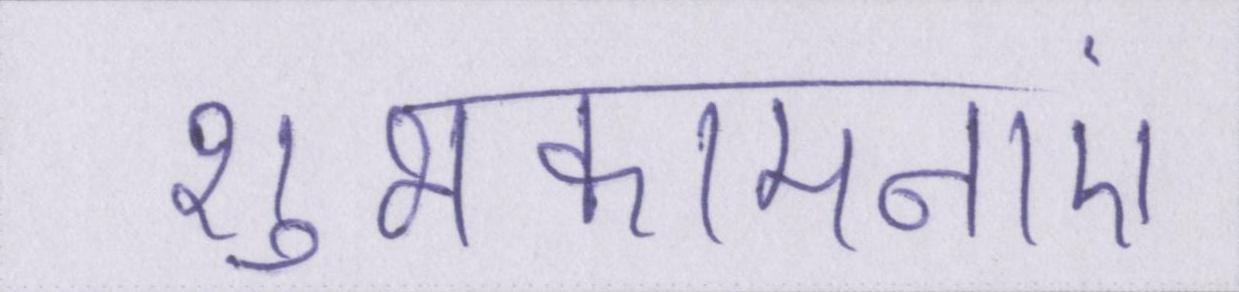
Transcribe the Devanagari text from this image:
शुभकामनाएं